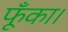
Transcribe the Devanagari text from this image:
फूँका।